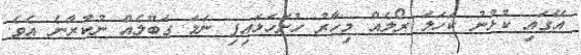
އޭގައި ކުޅުނު ކަހަލަ ރޯލެއް މިހާރު ހުށަހަޅައިފި ނަމަ ގަބޫލެއް ނުކުރާނެ އެވެ.